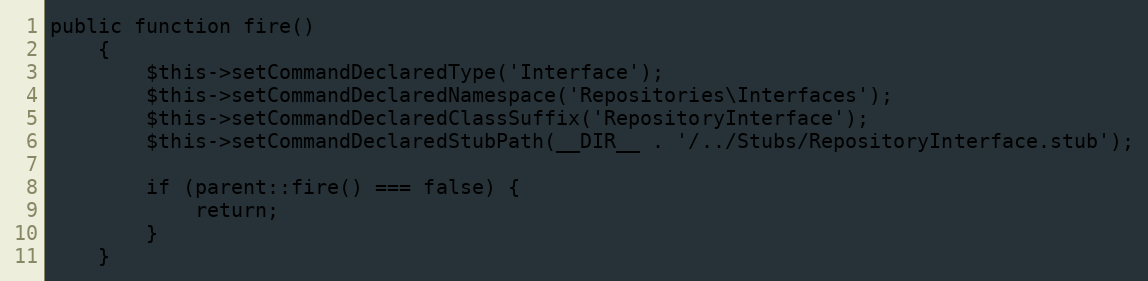
Language: PHP
public function fire()
    {
        $this->setCommandDeclaredType('Interface');
        $this->setCommandDeclaredNamespace('Repositories\Interfaces');
        $this->setCommandDeclaredClassSuffix('RepositoryInterface');
        $this->setCommandDeclaredStubPath(__DIR__ . '/../Stubs/RepositoryInterface.stub');

        if (parent::fire() === false) {
            return;
        }
    }